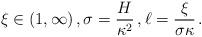
LaTeX: \begin{align*}\xi \in (1,\infty)\,,\sigma=\frac{H}{\kappa^2}\,,\ell=\frac{\xi}{\sigma\kappa}\,.\end{align*}